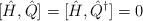
LaTeX: \begin{align*}[\hat H,\hat Q]=[\hat H,\hat Q^\dagger]=0\end{align*}